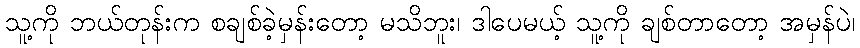
သူ့ကို ဘယ်တုန်းက စချစ်ခဲ့မှန်းတော့ မသိဘူး၊ ဒါပေမယ့် သူ့ကို ချစ်တာတော့ အမှန်ပဲ၊